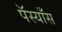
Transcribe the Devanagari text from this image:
पॅस्याँस